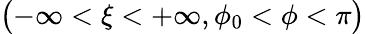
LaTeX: \displaystyle\bigl(-\infty<\xi<+\infty,\phi_{0}<\phi<\pi\bigr)